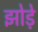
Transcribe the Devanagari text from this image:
झोड़े